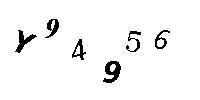
Y94956